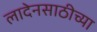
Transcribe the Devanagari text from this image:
लादेनसाठीच्या